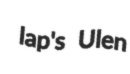
lap's Ulen